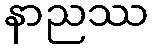
နာညဿ